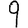
Digit: 9